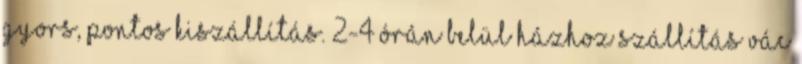
gyors, pontos kiszállítás. 2-4 órán belül házhoz szállítás Vác